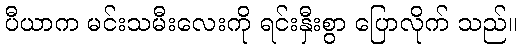
ပီယာက မင်းသမီးလေးကို ရင်းနှီးစွာ ပြောလိုက် သည်။